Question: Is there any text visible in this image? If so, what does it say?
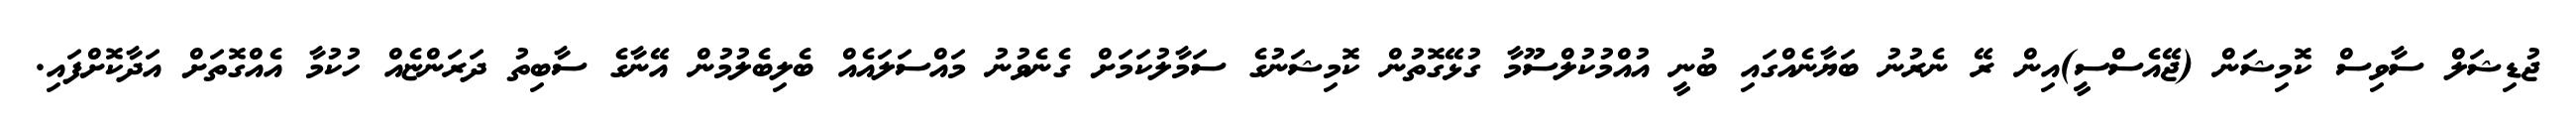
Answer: ޖުޑިޝަލް ސާވިސް ކޮމިޝަން (ޖޭއެސްސީ)އިން ރޭ ނެރުނު ބަޔާނެއްގައި ބުނީ އުއްމުކުލްސޫމާ ގުޅޭގޮތުން ކޮމިޝަނުގެ ސަމާލުކަމަށް ގެނެވުނު މައްސަލައެއް ބެލިބެލުމުން އޭނާގެ ސާބިތު ދަރަންޏެއް ހުކުމާ އެއްގޮތަށް އަދާކޮށްފައި.